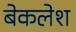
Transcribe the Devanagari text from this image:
बेकलेश